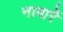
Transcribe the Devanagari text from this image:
नावार्रे